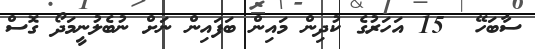
ސާބަހޭ  15 އަހަރުގެ ކުދިން މައިން ބަފައިން ނަށް ނުބެލުނީމަދޯ ގޮސް